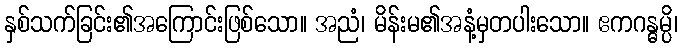
နှစ်သက်ခြင်း၏အကြောင်းဖြစ်သော။ အညံ၊ မိန်းမ၏အနံ့မှတပါးသော။ ဧကဂန္ဓမ္ပိ၊